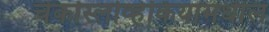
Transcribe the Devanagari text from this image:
चेकोस्लोव्हेकियामधील